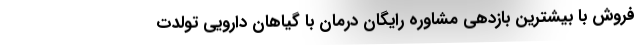
فروش با بیشترین بازدهی مشاوره رایگان درمان با گیاهان دارویی تولدت